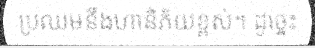
ប្រឈមនឹងហានិភ័យខ្ពស់។ ដូច្នេះ